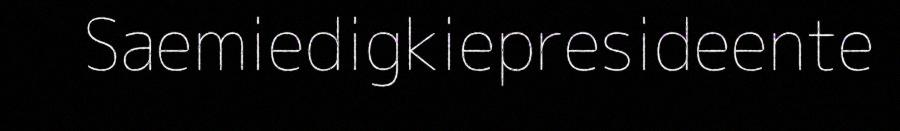
Saemiedigkiepresideente